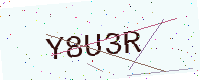
Text: Y8U3R